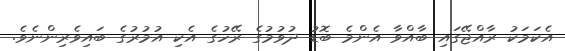
އެކަމަކު ރާއްޖޭގައި ބާއްވާ އެންމެ ބޮޑު ދުވުމުގެ ރޭހުގެ އެކި އުމުރުގެ ބައިވެރިންނެވެ.